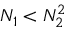
N _ { 1 } < N _ { 2 } ^ { 2 }